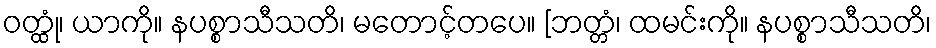
ဝတ္ထုံ၊ ယာကို။ နပစ္စာသီသတိ၊ မတောင့်တပေ။ [ဘတ္တံ၊ ထမင်းကို။ နပစ္စာသီသတိ၊